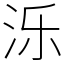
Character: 泺